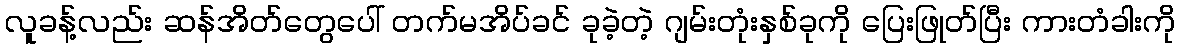
လူခန့်လည်း ဆန်အိတ်တွေပေါ် တက်မအိပ်ခင် ခုခဲ့တဲ့ ဂျမ်းတုံးနှစ်ခုကို ပြေးဖြုတ်ပြီး ကားတံခါးကို